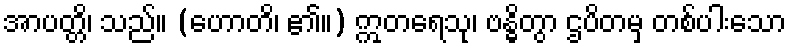
အာပတ္တိ၊ သည်။ (ဟောတိ၊ ၏။) ဣတရေသု၊ ဗန္ဓိတွာ ဌပိတမှ တစ်ပါးသော